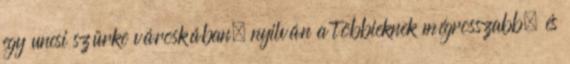
egy uncsi szürke városkában. nyilván a többieknek mégrosszabb, és